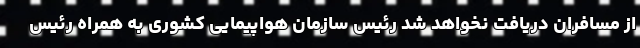
از مسافران دریافت نخواهد شد رئیس سازمان هواپیمایی کشوری به همراه رئیس